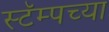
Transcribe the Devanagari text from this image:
स्टॅम्पच्या